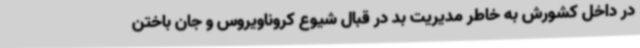
در داخل کشورش به خاطر مدیریت بد در قبال شیوع کروناویروس و جان باختن